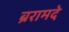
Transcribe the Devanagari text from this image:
ब्ररामदे